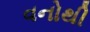
વનોથી